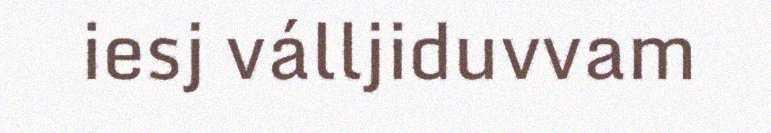
iesj válljiduvvam